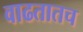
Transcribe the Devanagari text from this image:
वाढतातच